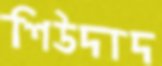
শিউদাদ